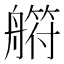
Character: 䒀